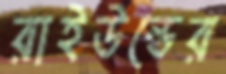
রাইউন্ডের